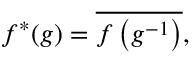
f ^ { * } ( g ) = { \overline { { f \left( g ^ { - 1 } \right) } } } ,